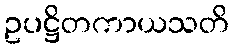
ဥပဋ္ဌိတကာယသတိ